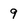
Character: 9